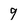
Character: 9